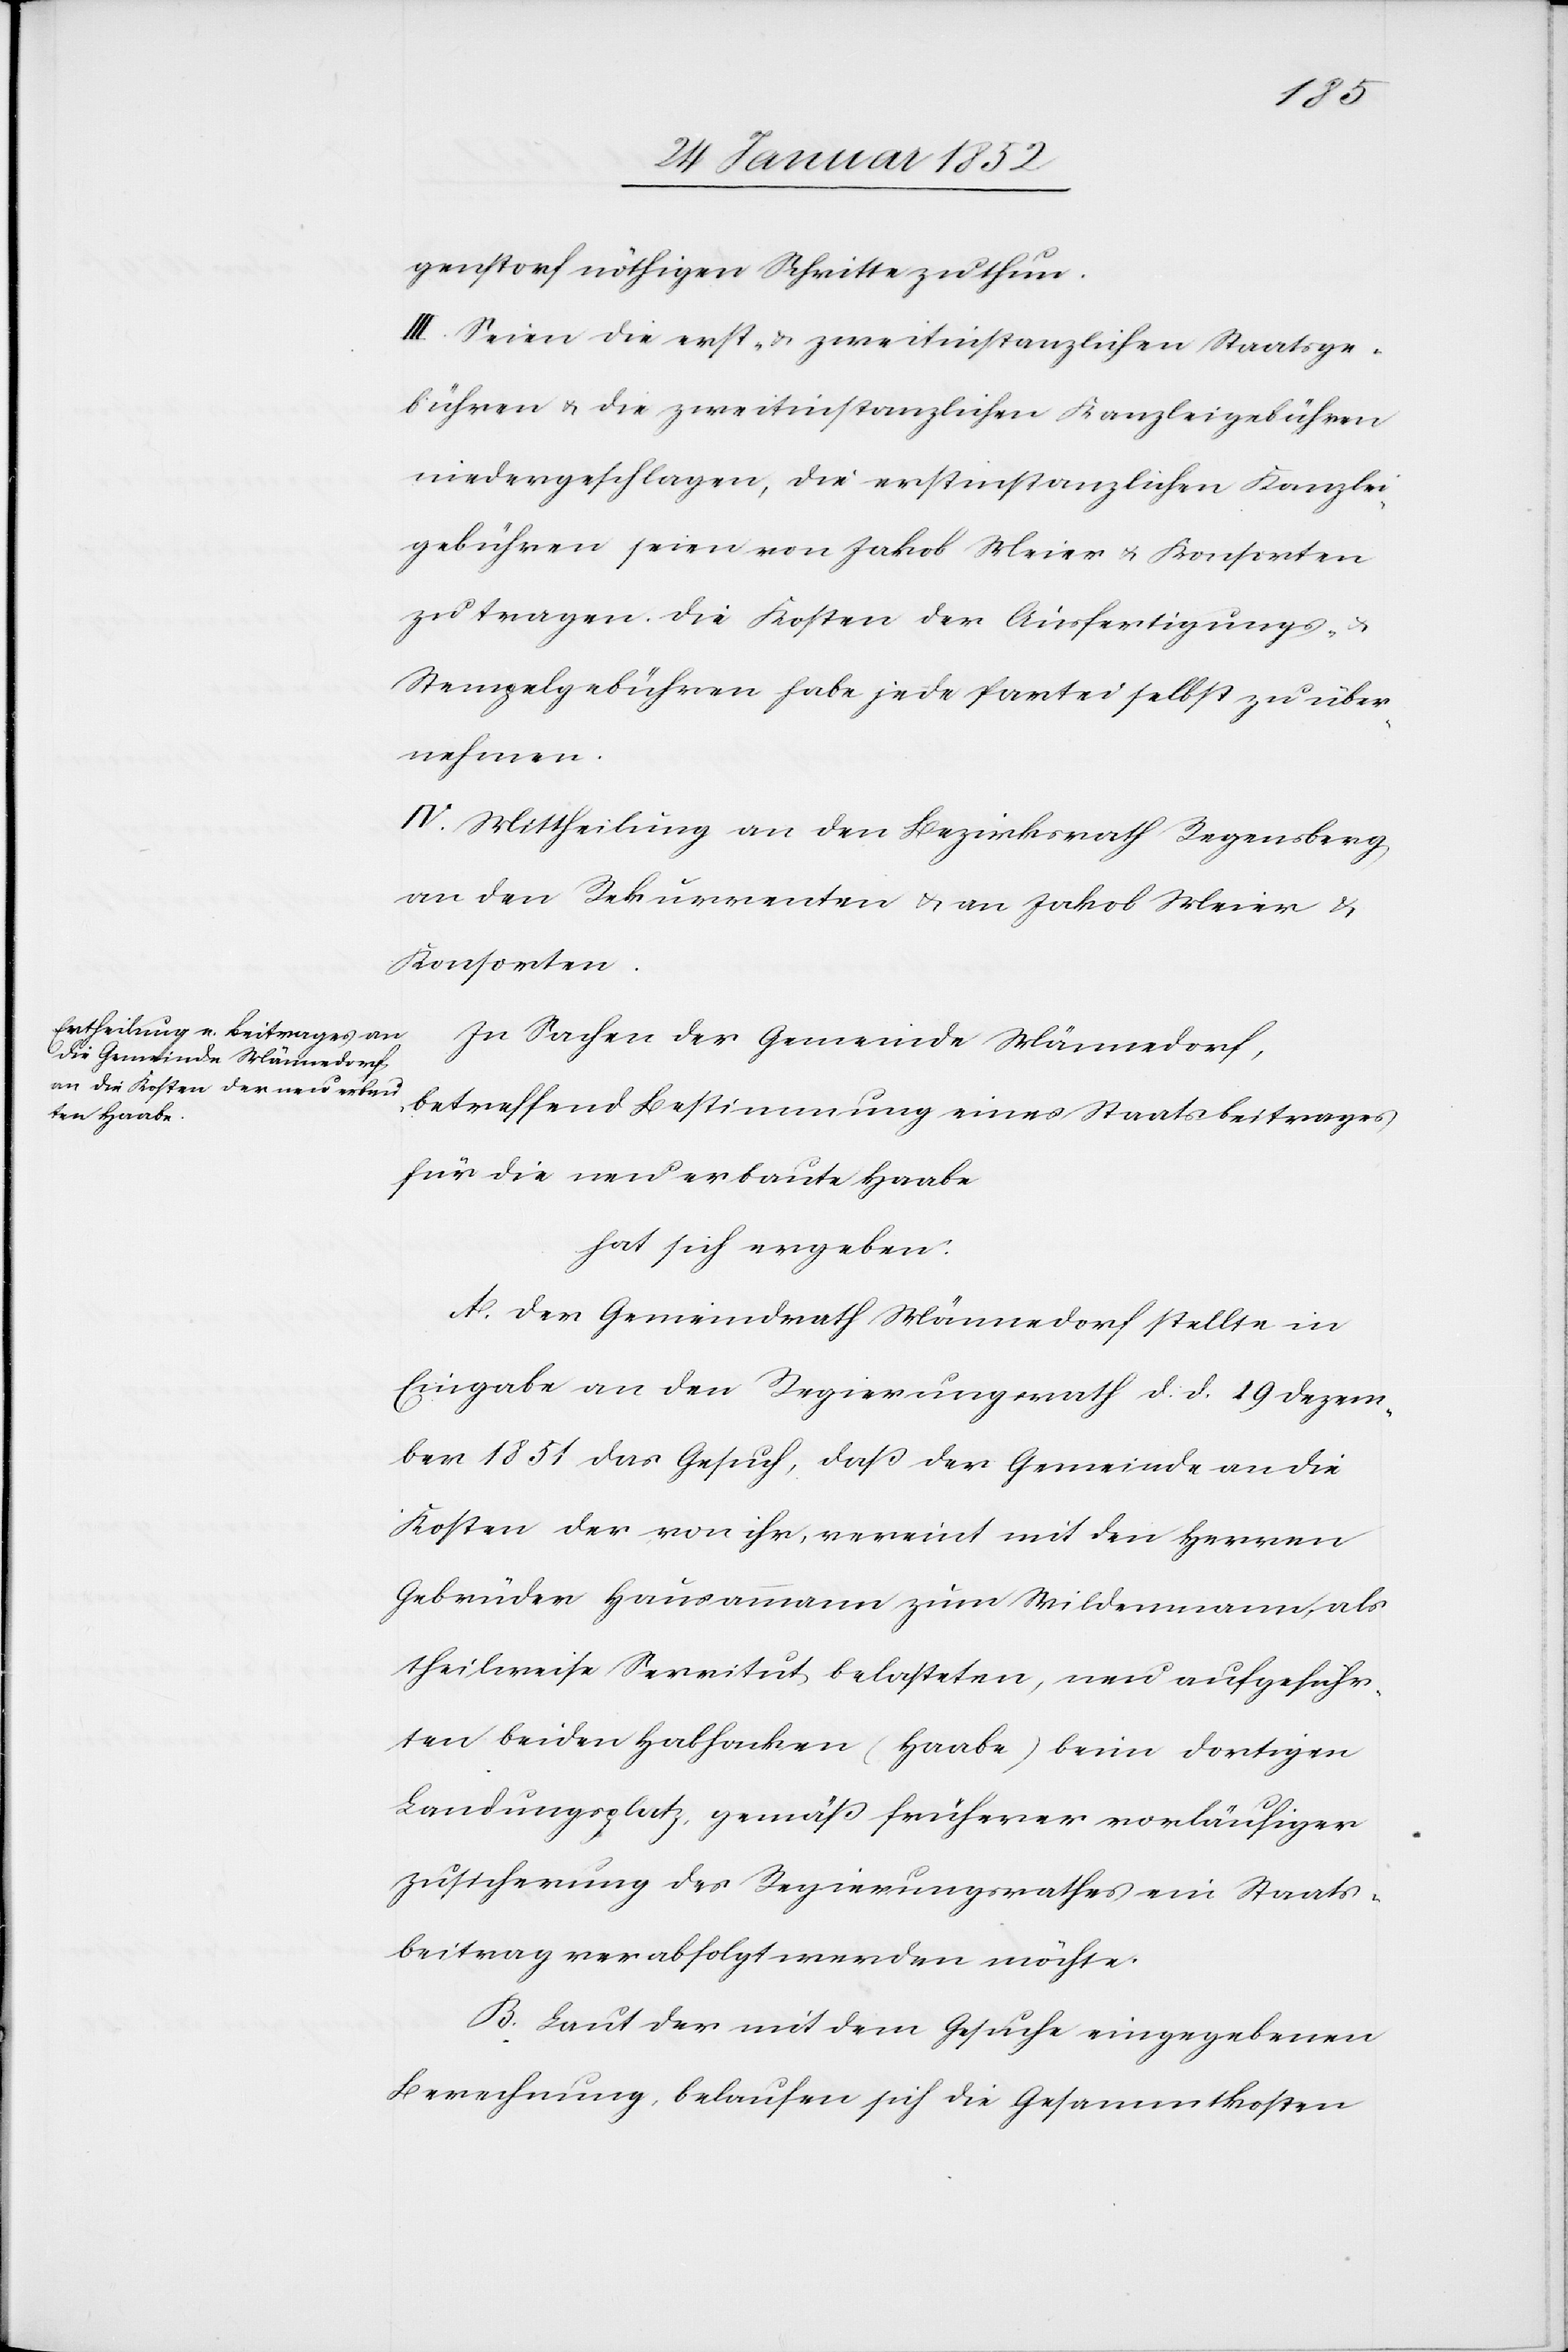
genstorf nöthigen Schritte zu thun.
III. Seien die erst- u. zweitinstanzlichen Staatsge¬
bühren u. die zweitinstanzlichen Kanzleigebühren
niedergeschlagen, die erstinstanzlichen Kanzlei¬
gebühren seien von Jakob Meier u. Konsorten
zu tragen. Die Kosten der Ausfertigungs-
Stempelgebühren habe jede Partei selbst zu über¬
nehmen.
IV. Mittheilung an den Bezirksrath Regensberg
an den Rekurrenten u. an Jakob Meier u.
Konsorten.
In Sachen der Gemeinde Männedorf,
betreffend Bestimmung eines Staatsbeitrages
für die neu erbaute Haabe
hat sich ergeben.
A. Der Gemeindrath Männedorf stellte in
Eingabe an den Regierungsrath d. d. 19 Dezem¬
ber 1851 das Gesuch, daß der Gemeinde an die
Kosten der von ihr, vereint mit den Herren
Gebrüder Hausammann zum Wildenmann, als
theilweise Servitut belasteten, neu aufgeführ¬
ten beiden Habhacken (Haabe) beim dortigen
Landungsplatz gemäß früherer vorläufiger
Zusicherung des Regierungsrathes ein Staats¬
beitrag verabfolgt werden möchte.
B. Laut der mit dem Gesuche eingegebenen
Berechnung belaufen sich die Gesammtkosten